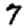
Digit: 7